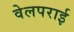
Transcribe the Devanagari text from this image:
वेलपराई